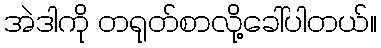
အဲဒါကို တရုတ်စာလို့ခေါ်ပါတယ်။